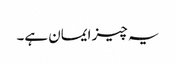
یہ چیز ایمان ہے۔